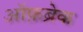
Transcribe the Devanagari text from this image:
ऑफ़ब्रेक